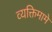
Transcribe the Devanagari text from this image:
व्यक्तिमामे